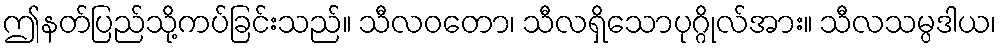
ဤနတ်ပြည်သို့ကပ်ခြင်းသည်။ သီလဝတော၊ သီလရှိသောပုဂ္ဂိုလ်အား။ သီလသမ္ပဒါယ၊